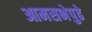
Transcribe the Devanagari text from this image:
आमसभेपुढे